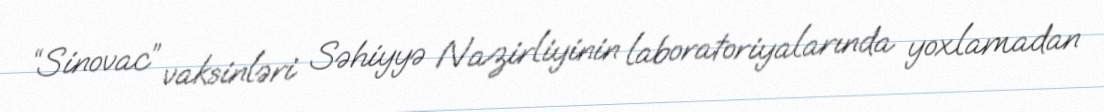
“Sinovac” vaksinləri Səhiyyə Nazirliyinin laboratoriyalarında yoxlamadan